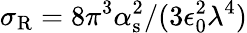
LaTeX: \sigma_{\mathrm{R}}=8\pi^{3}\alpha_{\mathrm{s}}^{2}/(3\epsilon_{0}^{2}\lambda^{4})